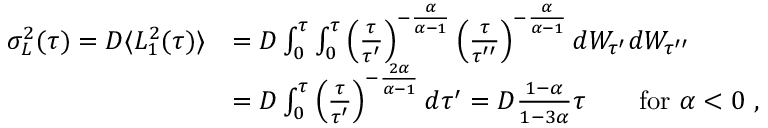
\begin{array} { r l } { \sigma _ { L } ^ { 2 } ( \tau ) = D \langle L _ { 1 } ^ { 2 } ( \tau ) \rangle } & { = D \int _ { 0 } ^ { \tau } \int _ { 0 } ^ { \tau } \left( \frac { \tau } { \tau ^ { \prime } } \right) ^ { - \frac { \alpha } { \alpha - 1 } } \left( \frac { \tau } { \tau ^ { \prime \prime } } \right) ^ { - \frac { \alpha } { \alpha - 1 } } d W _ { \tau ^ { \prime } } d W _ { \tau ^ { \prime \prime } } } \\ & { = D \int _ { 0 } ^ { \tau } \left( \frac { \tau } { \tau ^ { \prime } } \right) ^ { - \frac { 2 \alpha } { \alpha - 1 } } d \tau ^ { \prime } = D \frac { 1 - \alpha } { 1 - 3 \alpha } \tau \qquad \mathrm { f o r } \ \alpha < 0 \ , } \end{array}